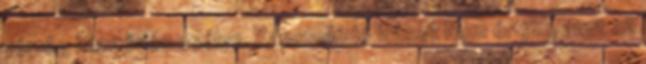
vérrög képződés esélye. Kapcsolódó írások Nem értjük, amit az